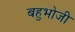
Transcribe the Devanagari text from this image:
बहुभोजी